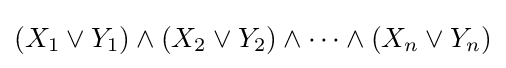
(X_{1}\lor Y_{1})\land (X_{2}\lor Y_{2})\land \dots \land (X_{n}\lor Y_{n})